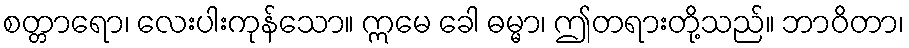
စတ္တာရော၊ လေးပါးကုန်သော။ ဣမေ ခေါ ဓမ္မာ၊ ဤတရားတို့သည်။ ဘာဝိတာ၊